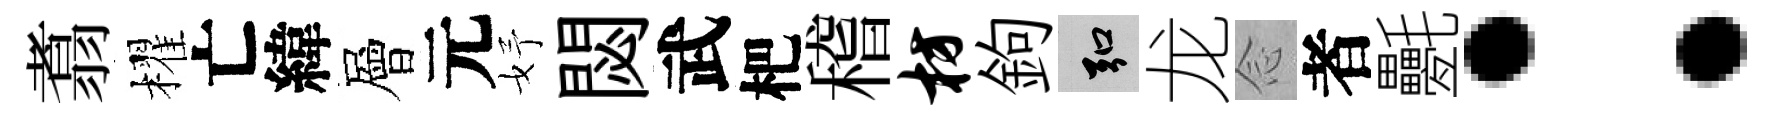
翥櫂亡緯層元妤閟武杷稽枋鉤弘龙𫝹者氎：